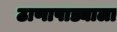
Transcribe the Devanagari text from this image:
ठाणापाड्याला